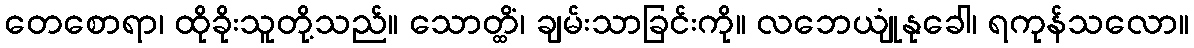
တေစောရာ၊ ထိုခိုးသူတို့သည်။ သောတ္ထိံ၊ ချမ်းသာခြင်းကို။ လဘေယျုံနုခေါ၊ ရကုန်သလော။